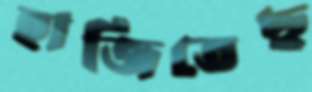
হাজিতেছ